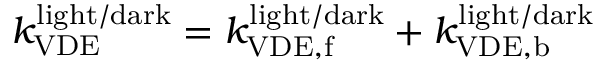
k _ { \mathrm { V D E } } ^ { \mathrm { l i g h t / d a r k } } = k _ { \mathrm { V D E , f } } ^ { \mathrm { l i g h t / d a r k } } + k _ { \mathrm { V D E , b } } ^ { \mathrm { l i g h t / d a r k } }